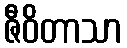
ဇီဝိတာသာ